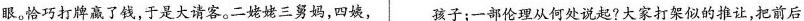
是眼。恰巧打牌嬴了钱，于是大请客。二姥姥三舅妈，四姨， 孩子；一部伦理从何处说起?大家打架似的推让，把前后